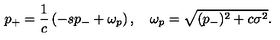
p _ { + } = { \frac { 1 } { c } } \left( - s p _ { - } + \omega _ { p } \right) , \quad \omega _ { p } = \sqrt { ( p _ { - } ) ^ { 2 } + c \sigma ^ { 2 } } .